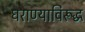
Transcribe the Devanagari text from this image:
घराण्याविरूद्ध